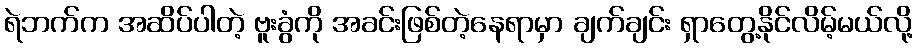
ရဲဘက်က အဆိပ်ပါတဲ့ ဗူးခွံကို အခင်းဖြစ်တဲ့နေရာမှာ ချက်ချင်း ရှာတွေ့နိုင်လိမ့်မယ်လို့